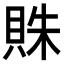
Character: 𧵺